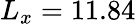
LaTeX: L_{x}=11.84